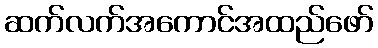
ဆက်လက်အကောင်အထည်ဖော်